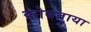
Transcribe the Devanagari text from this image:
कोबताया